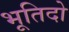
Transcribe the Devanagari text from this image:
भूतिदो